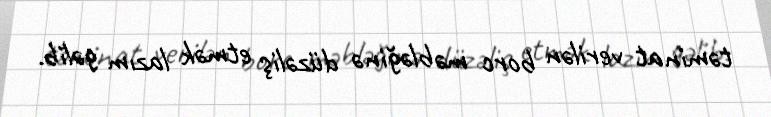
təminat verilən borc məbləğinə düzəliş etmək lazım gəlib.